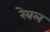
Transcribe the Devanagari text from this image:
रेबल